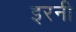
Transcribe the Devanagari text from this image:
इरनी